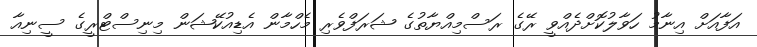
އަފާއަށް އިނާމު ހަވާލުކޮށްދެއްވީ ރޭގެ ރަސްމިއްޔާތުގެ ޝަރަފްވެރި މެހްމާން އެޑިއުކޭޝަން މިނިސްޓްރީގެ ސީނިއާ